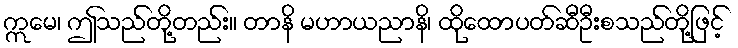
ဣမေ၊ ဤသည်တို့တည်း။ တာနိ မဟာယညာနိ၊ ထိုထောပတ်ဆီဦးစသည်တို့ဖြင့်